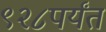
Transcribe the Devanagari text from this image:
९२८पर्यंत